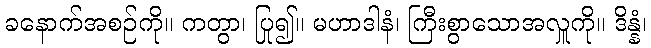
ခနောက်အစဉ်ကို။ ကတွာ၊ ပြု၍။ မဟာဒါနံ၊ ကြီးစွာသောအလှူကို။ ဒိန္နံ၊